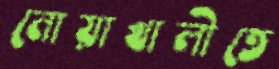
নোয়াখালীতে